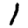
Digit: 1